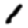
Digit: 1